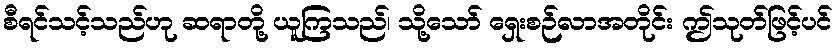
စီရင်သင့်သည်ဟု ဆရာတို့ ယူကြသည်၊ သို့သော် ရှေးစဉ်လာအတိုင်း ဤသုတ်ဖြင့်ပင်